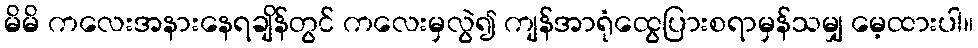
မိမိ ကလေးအနားနေရချိန်တွင် ကလေးမှလွဲ၍ ကျန်အာရုံထွေပြားစရာမှန်သမျှ မေ့ထားပါ။